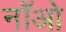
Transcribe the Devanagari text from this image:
नॉओ